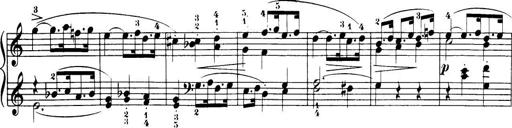
Title: 32 Sonatinas and Rondos for the Piano
Composer: Richard Kleinmichel